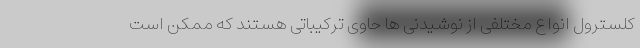
کلسترول انواع مختلفی از نوشیدنی ها حاوی ترکیباتی هستند که ممکن است